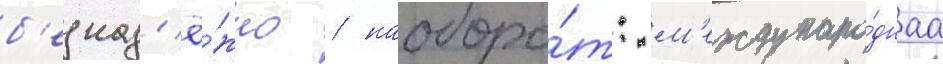
б'езнад'ё́жно / наоборо́т: м'еждунаро́днаа